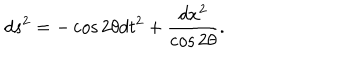
LaTeX: d s ^ { 2 } = - \cos 2 \theta d t ^ { 2 } + \frac { d x ^ { 2 } } { \cos 2 \theta } .